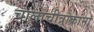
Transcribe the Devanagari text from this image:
चालाचीत्राक्रांना